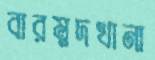
বারম্নদখানা